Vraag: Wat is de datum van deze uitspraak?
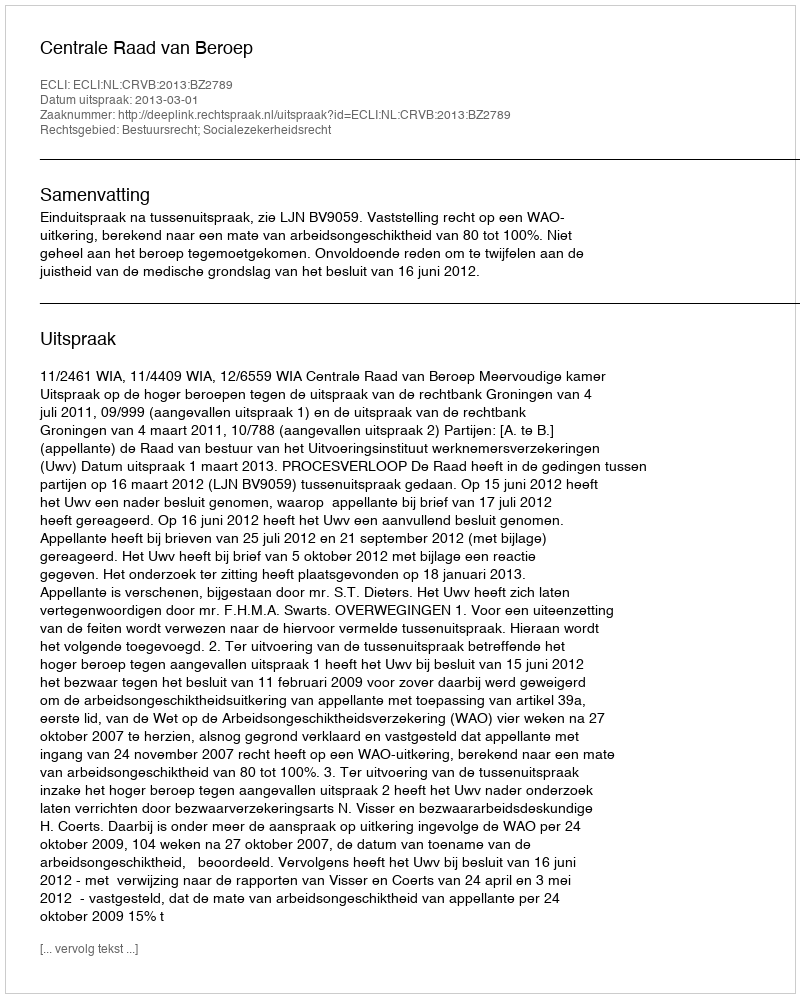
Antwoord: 2013-03-01